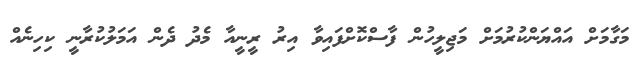
މަގާމަށް އައްޔަންކުރުމަށް މަޖިލީހުން ފާސްކޮށްފައިވާ އިރު ރީނީއާ މެދު ދެން އަމަލުކުރާނީ ކިހިނެއް